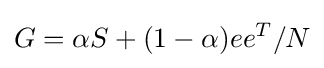
G=\alpha S+(1-\alpha )ee^{T}/N